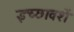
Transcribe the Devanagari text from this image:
इच्छावशें